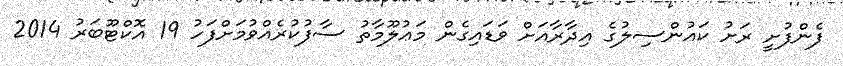
ފެންފުށީ ރަށު ކައުންސިލުގެ އިދާރާއަށް ވަޑައިގެން މަޢުލޫމާތު ސާފުކުރެއްވުމަށްފަހު 19 އޮކްޓޫބަރު 2014